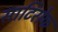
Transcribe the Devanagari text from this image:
साटिरोफ